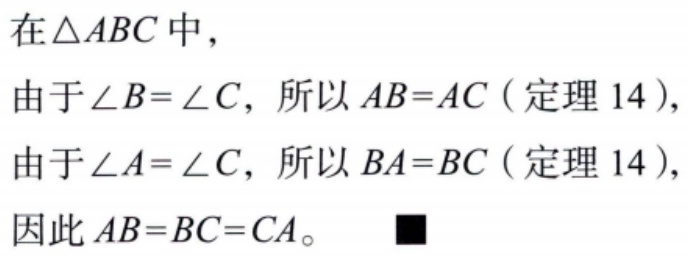
在$\triangle ABC$中，

由于$\angle B = \angle C$，所以$AB = AC$（定理 14），

由于$\angle A = \angle C$，所以$BA = BC$（定理 14），

因此$AB = BC = CA$。$\blacksquare$